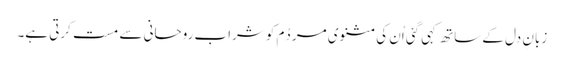
زبانِ دل کے ساتھ کہی گئی اُن کی مثنوی مردُم کو شرابِ روحانی سے مست کرتی ہے۔